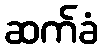
ဆက်ခံ